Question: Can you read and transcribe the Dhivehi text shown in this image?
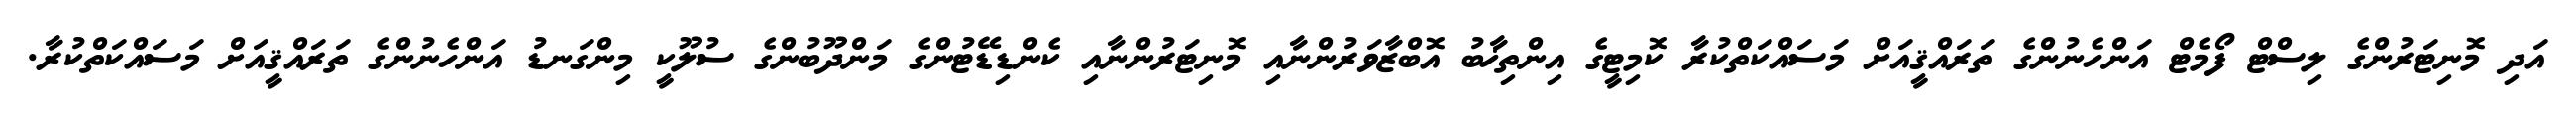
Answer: އަދި މޮނިޓަރުންގެ ލިސްޓް ފޯމެޓް އަންހެނުންގެ ތަރައްޤީއަށް މަސައްކަތްކުރާ ކޮމިޓީގެ އިންތިޚާބު އޮބްޒާވަރުންނާއި މޮނިޓަރުންނާއި ކެންޑިޑޭޓުންގެ މަންދޫބުންގެ ސުލޫކީ މިންގަނޑު އަންހެނުންގެ ތަރައްޤީއަށް މަސައްކަތްކުރާ.